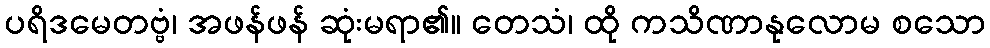
ပရိဒမေတဗ္ဗံ၊ အဖန်ဖန် ဆုံးမရာ၏။ တေသံ၊ ထို ကသိဏာနုလောမ စသော